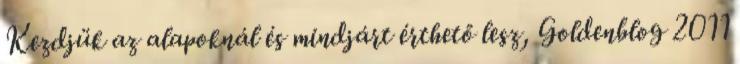
Kezdjük az alapoknál és mindjárt érthető lesz, Goldenblog 2011